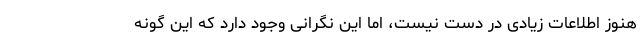
هنوز اطلاعات زیادی در دست نیست، اما این نگرانی وجود دارد که این گونه